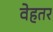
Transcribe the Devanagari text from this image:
वेहतर